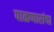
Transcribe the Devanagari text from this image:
पाळणारांचा